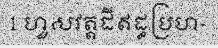
1 ហួសវត្តដីឥដ្ធប្រហ-